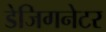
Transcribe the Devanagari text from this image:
डेजिगनेटर